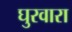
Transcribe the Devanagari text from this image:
घुरवारा